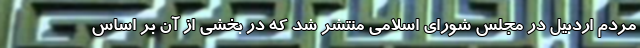
مردم اردبیل در مجلس شورای اسلامی منتشر شد که در بخشی از آن بر اساس